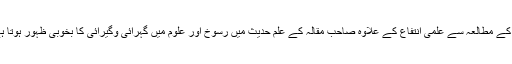
ان کے مطالعہ سے علمی انتفاع کے علاوہ صاحب مقالہ کے علم حدیث میں رسوخ اور علوم میں گہرائی وگیرائی کا بخوبی ظہور ہوتا ہے۔